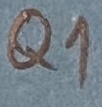
Text: Q1